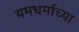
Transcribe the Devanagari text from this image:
यमधर्माच्या